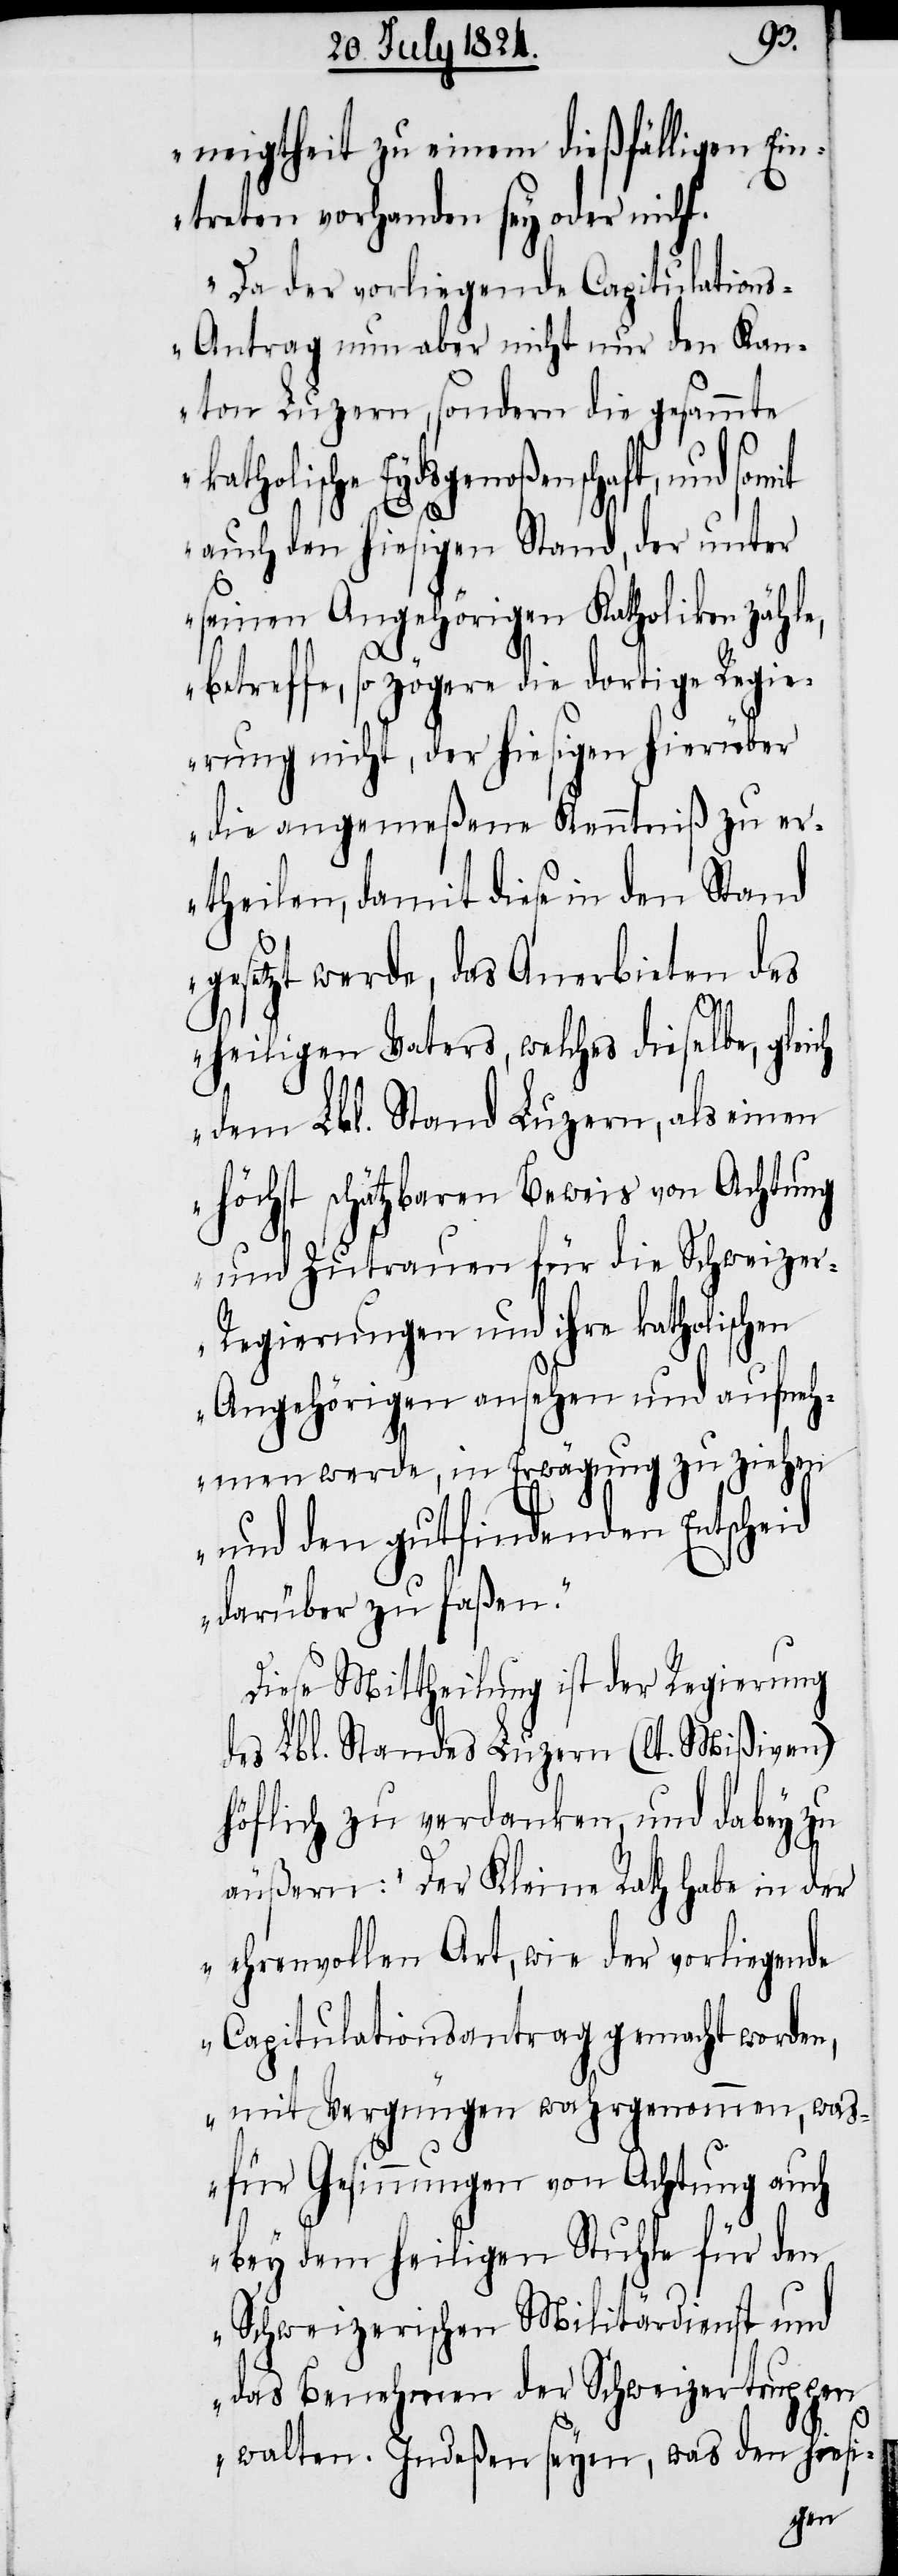
neigtheit zu einem dießfälligen Ein¬
treten vorhanden sey oder nicht.
Da der vorliegende Capitulation¬
s-Antrag nun aber nicht nur den Kan¬
ton Luzern, sondern die gesammte
katholische Eydsgenoßenschaft, und somit
auch den hiesigen Stand, der unter
seinen Angehörigen Katholiken zähl¬
betreffe, so zögere die dortige Regie¬
rung nicht, der hiesigen hierüber
die angemeßene Kenntniß zu er¬
theilen, damit diese in den Stand
gesetzt werde, das Anerbieten des
e,
heiligen Vaters, welches dieselbe, gleich
dem Lbl. Stand Luzern, als einen
höchst schätzbaren Beweis von Achtung
und Zutrauen für die Schweize¬
r-Regierungen und ihre katholischen
Angehörigen ansehen und aufneh¬
men werde, in Erwägung zu ziehen
und den gutfindenden Entscheid
darüber zu faßen.“
Diese Mittheilung ist der Regierung
des Lbl. Standes Luzern (lt. Mißiven)
höflich zu verdanken, und dabey zu
äußern: „Der Kleine Rath habe in der
ehrenvollen Art, wie der vorliegende
Capitulationsantrag gemacht worden,
mit Vergnügen wahrgenommen, was
für Gesinnungen von Achtung auch
bey dem heiligen Stuhle für den
Schweizerischen Militärdienst und
das Benehmen der Schweizertruppen
walten. Indeßen seyen, was den hiesi-